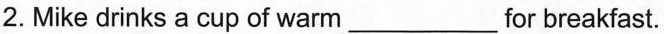
2. Mike drinks a cup of warm___for breakfast.